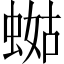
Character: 𧍏